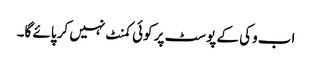
اب وکی کے پوسٹ پر کوئی کمنٹ نہیں کر پائے گا۔